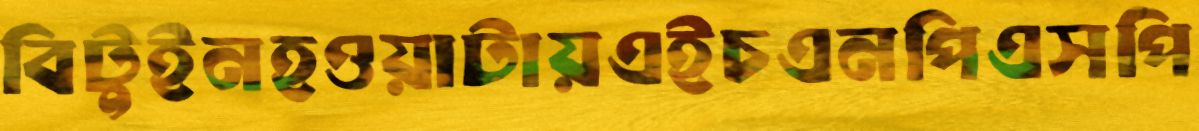
বিটুইনহওয়াটায়এইচএনপিএসপি